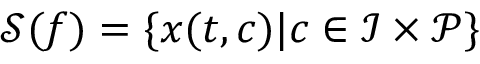
\mathcal { S } ( f ) = \{ x ( t , c ) | c \in \mathcal { I } \times \mathcal { P } \}